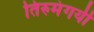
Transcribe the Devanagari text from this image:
तिरुमंगयी